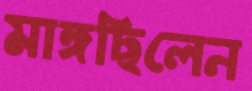
মাঙ্গছিলেন